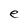
Character: e